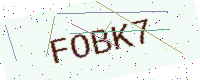
Text: FOBK7